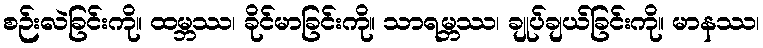
စဉ်းလဲခြင်းကို။ ထမ္ဘဿ၊ ခိုင်မာခြင်းကို။ သာရမ္ဘဿ၊ ချုပ်ချယ်ခြင်းကို။ မာနဿ၊